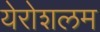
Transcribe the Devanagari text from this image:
येरोशलम